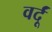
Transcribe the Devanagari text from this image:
वर्दूं